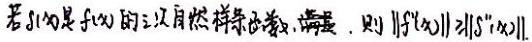
若$S(x)$是$f(x)$的三次自然样条函数, 满足 . 则$\left\|f^{\prime \prime}(x)\right\| \geq\left\|S^{\prime \prime}(x)\right\|$.